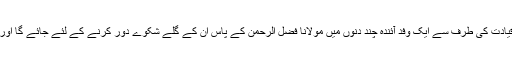
ن لیگ کے ذرائع کا کہنا ہے پارٹی قیادت کی طرف سے ایک وفد آئندہ چند دنوں میں مولانا فضل الرحمن کے پاس ان کے گلے شکوے دور کرنے کے لئے جائے گا اور انہیں منانے کے لئے کوشش کریگا۔